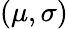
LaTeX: (\mu,\sigma)